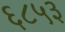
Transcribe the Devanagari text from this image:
६८५३